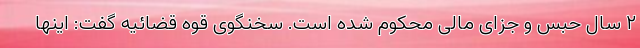
۲ سال حبس و جزای مالی محکوم شده است. سخنگوی قوه قضائیه گفت: اینها